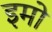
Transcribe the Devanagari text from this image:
इमो